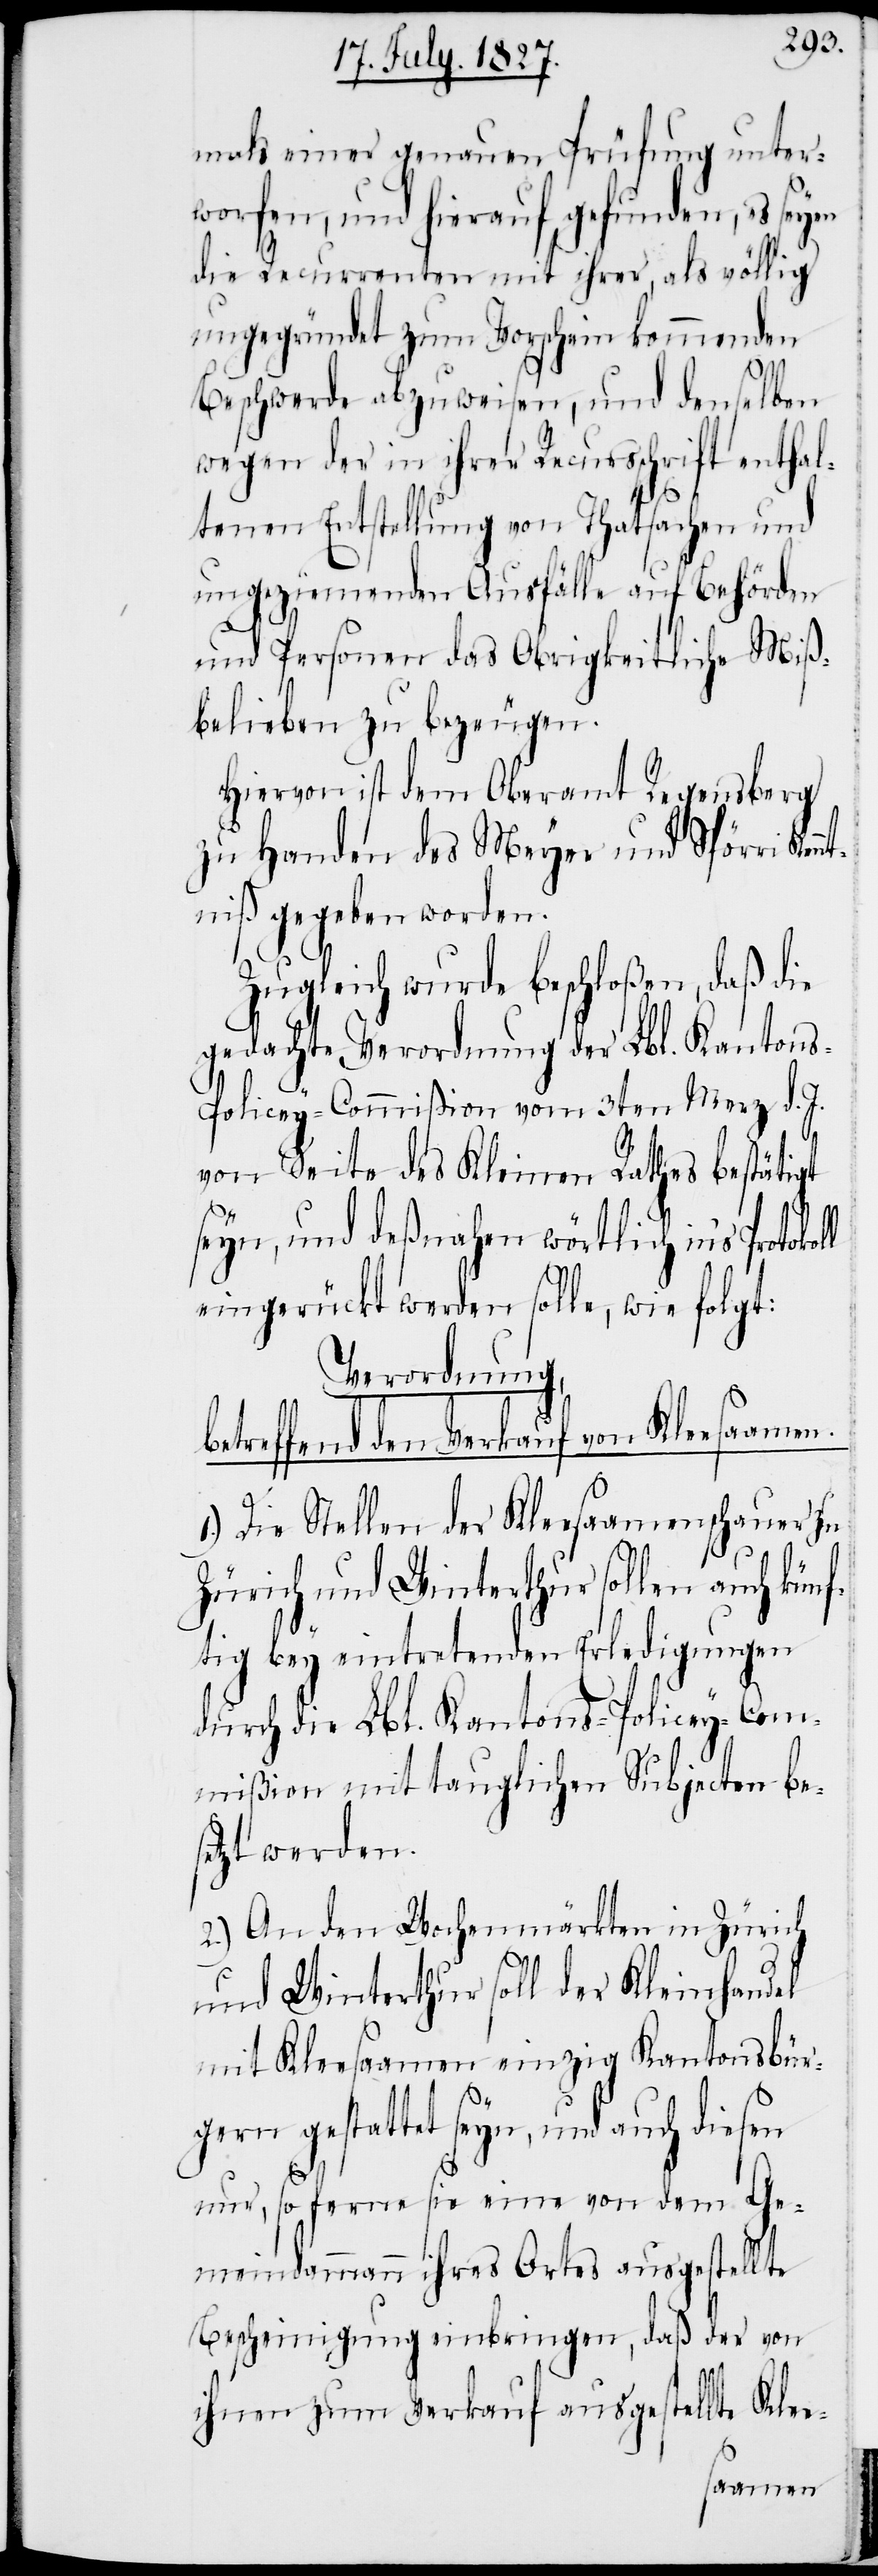
b¬
mals einer genauen Prüfung unter¬
worfen, und hierauf gefunden, es seyen
die Recurrenten mit ihrer, als völlig
ungegründet zum Vorschein kommenden
Beschwerde abzuweisen, und denselben
wegen der in ihrer Recursschrift enthal¬
tenen Entstellung von Thatsachen und
ungeziemenden Ausfälle auf Behörden
und Personen das Obrigkeitliche Miß¬
lieben zu bezeugen.
Hiervon ist dem Oberamt Regensberg
zu Handen des Meyer und Spörri Ken¬
ntniß gegeben worden.
Zugleich wurde beschloßen, daß die
gedachte Verordnung der Lbl. Kanton¬
s-Policey-Commißion vom 3ten Merz d. J.
von Seite des Kleine Raths bestätigt
seyn, und deßnahen wörtlich in’s
eingerückt werden solle, wie folgt:
Verordnung,
etreffend den Verkauf von Klee¬
1.) Die Stellen der Kleesaamenschauer zu
Zürich und Winterthur sollen auch künf¬
tig bey eintretenden Erledigungen
durch die Lbl. Kantons-Policey-Com¬
mißion mit tauglichen Subjecten bes¬
etzt werden.
2.) An den Wochenmärkten in Zürich
und Winterthur soll der Kleinhandel
mit Kleesaamen einzig Kantonsbür¬
gern gestattet seyn, und auch diesen
nur, so ferne sie eine von dem Ge¬
meindammann ihres Ortes ausgestellte
Bescheinigung einbringen, daß der von
ihnen zum Verkauf ausgestellte
saamen.